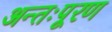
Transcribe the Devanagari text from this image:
अन्तःपूरण